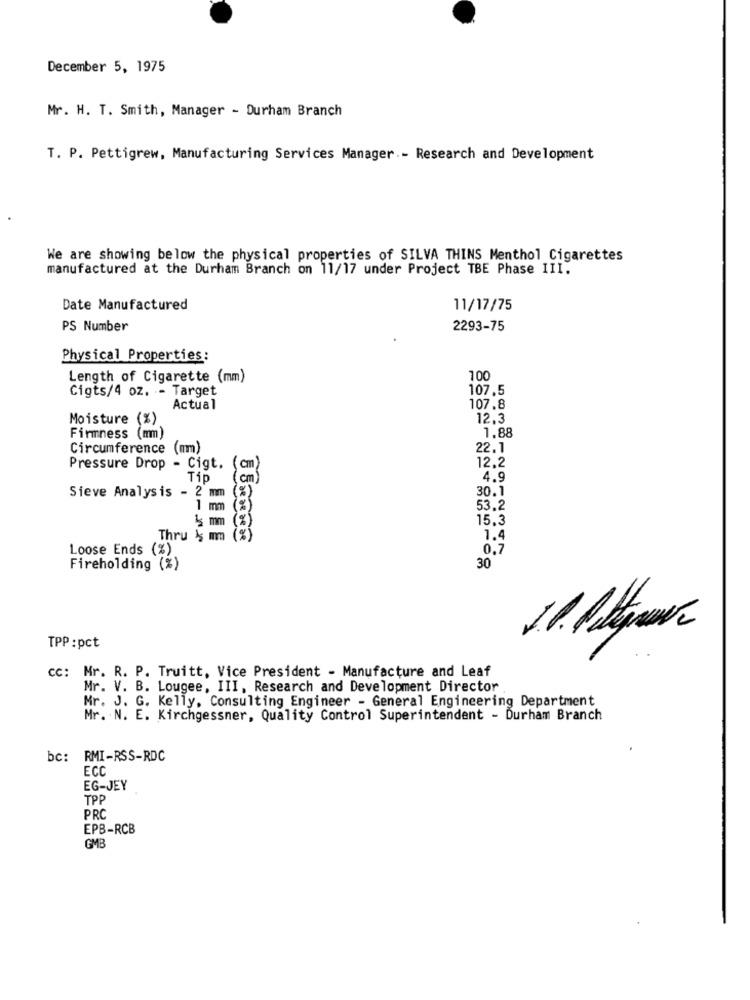
December 5, 1975
Mr. H. T. Smith, Manager - Durham Branch
T. P. Pettigrew, Manufacturing Services Manager - Research and Development
We are showing below the physical properties of SILVA THINS Menthol Cigarettes
manufactured at the Durham Branch on 11/17 under Project TBE Phase III.
Date Manufactured
11/17/75
PS Number
2293-75
Physical Properties:
Length of Cigarette (mm)
100
Cigts/4 oz. - Target
107.5
Actual
107.8
Moisture (%)
12.3
Firmness (mm)
1.88
Circumference (mm)
22.1
12.2
Pressure Drop - Cigt.
cm
Tip
cm
4.9
30.1
Sieve Analysis - 2 mm
1 mm
(%)
53.2
15 mm
15.3
Thru is mm
1.4
Loose Ends (%)
0.7
Fireholding (%)
30
TPP :pct
cc: Mr. R. P. Truitt, Vice President - Manufacture and Leaf
Mr. V. B. Lougee, III, Research and Development Director .
Mr. J. G. Kelly, Consulting Engineer - General Engineering Department
Mr. N. E. Kirchgessner, Quality Control Superintendent - Durham Branch
bc: RMI-RSS-RDC
ECC
EG-JEY
TPP
PRC
EPB-RCB
GMB